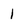
Character: 1